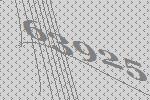
63925